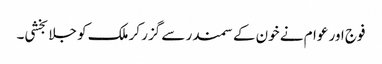
فوج اور عوام نے خون کے سمندر سے گزر کر ملک کو جلا بخشی۔